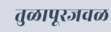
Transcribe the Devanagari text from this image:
तुळापूरजवळ